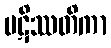
ပဋိဿတိကာ